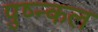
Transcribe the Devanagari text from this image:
पुष्न्कल